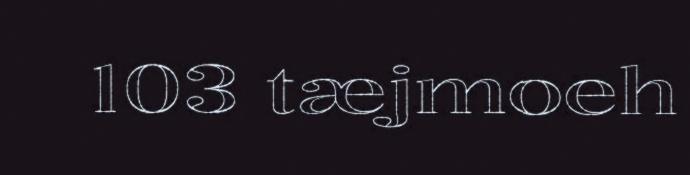
103 tæjmoeh